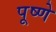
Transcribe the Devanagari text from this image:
पूष्णे